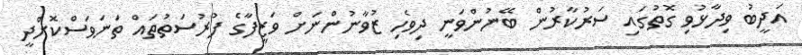
އަދީބު ވިދާޅުވި ގޮތުގައި ސަރުކާރުން ބޭނުންވަނީ ދިވެހި ޒުވާނުންނަށް ވަޒީފާގެ ފުރުސަތުތައް ތަނަވަސްކޮށްދީ